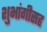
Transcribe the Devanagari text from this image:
शुभांगीसह